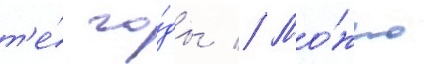
т'е́ го́ды // Мо́жно